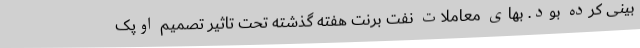
بینی کرده بود. بهای معاملات نفت برنت هفته گذشته تحت تاثیر تصمیم اوپک